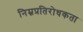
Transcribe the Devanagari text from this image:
निम्नप्रतिरोधकता